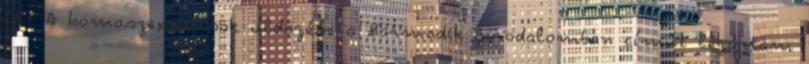
CET A homoszexuálisok üldözése a Harmadik Birodalomban címűt lezártam